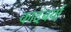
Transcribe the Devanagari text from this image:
कादंबर्या